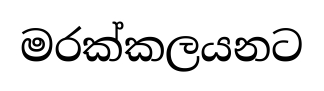
මරක්කලයනට